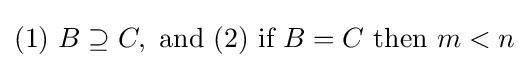
{\text{(1) }}B\supseteq C,{\text{ and (2) if }}B=C{\text{ then }}m<n